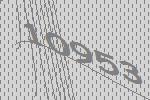
10953